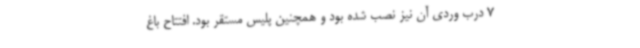
7 درب وردی آن نیز نصب شده بود و همچنین پلیس مستقر بود. افتتاح باغ